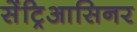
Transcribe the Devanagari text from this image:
सेंट्रिआसिनर